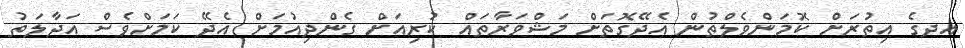
އދގެ އިތުރަށް ކޮމަންވެލްތުން އެދޭގޮތަށް މަޝްވަރާތައް ކުރިއަށް ގެންދިއުމަށް އެދޭ ކަމަށްވެސް އަދާލަތު